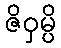
ဇိဝှမ္ပိ